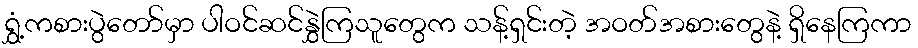
ရွှံ့ကစားပွဲတော်မှာ ပါဝင်ဆင်နွှဲကြသူတွေက သန့်ရှင်းတဲ့ အဝတ်အစားတွေနဲ့ ရှိနေကြကာ